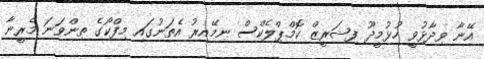
އޭނާ ވިދާޅުވީ ހުޅުމީދޫ ފިޝަރީޒް ކޮމްޕްލެކްސް ނިމޭއިރު އެތަނުގައި މިފްކޯގެ ތިންވަަނަ މެރީނާ